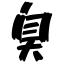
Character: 臭